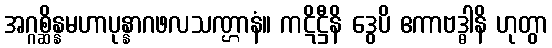
အဂ္ဂစ္ဆိန္နမဟာပုန္နာဂဖလသဏ္ဌာနံ။ ကဋိဋ္ဌီနိ ဒွေပိ ဧကာဗဒ္ဓါနိ ဟုတွာ